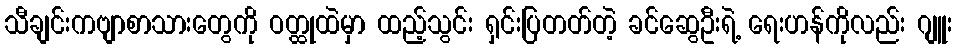
သီချင်းကဗျာစာသားတွေကို ဝတ္ထုထဲမှာ ထည့်သွင်း ရှင်းပြတတ်တဲ့ ခင်ဆွေဦးရဲ့ ရေးဟန်ကိုလည်း ဂျူး